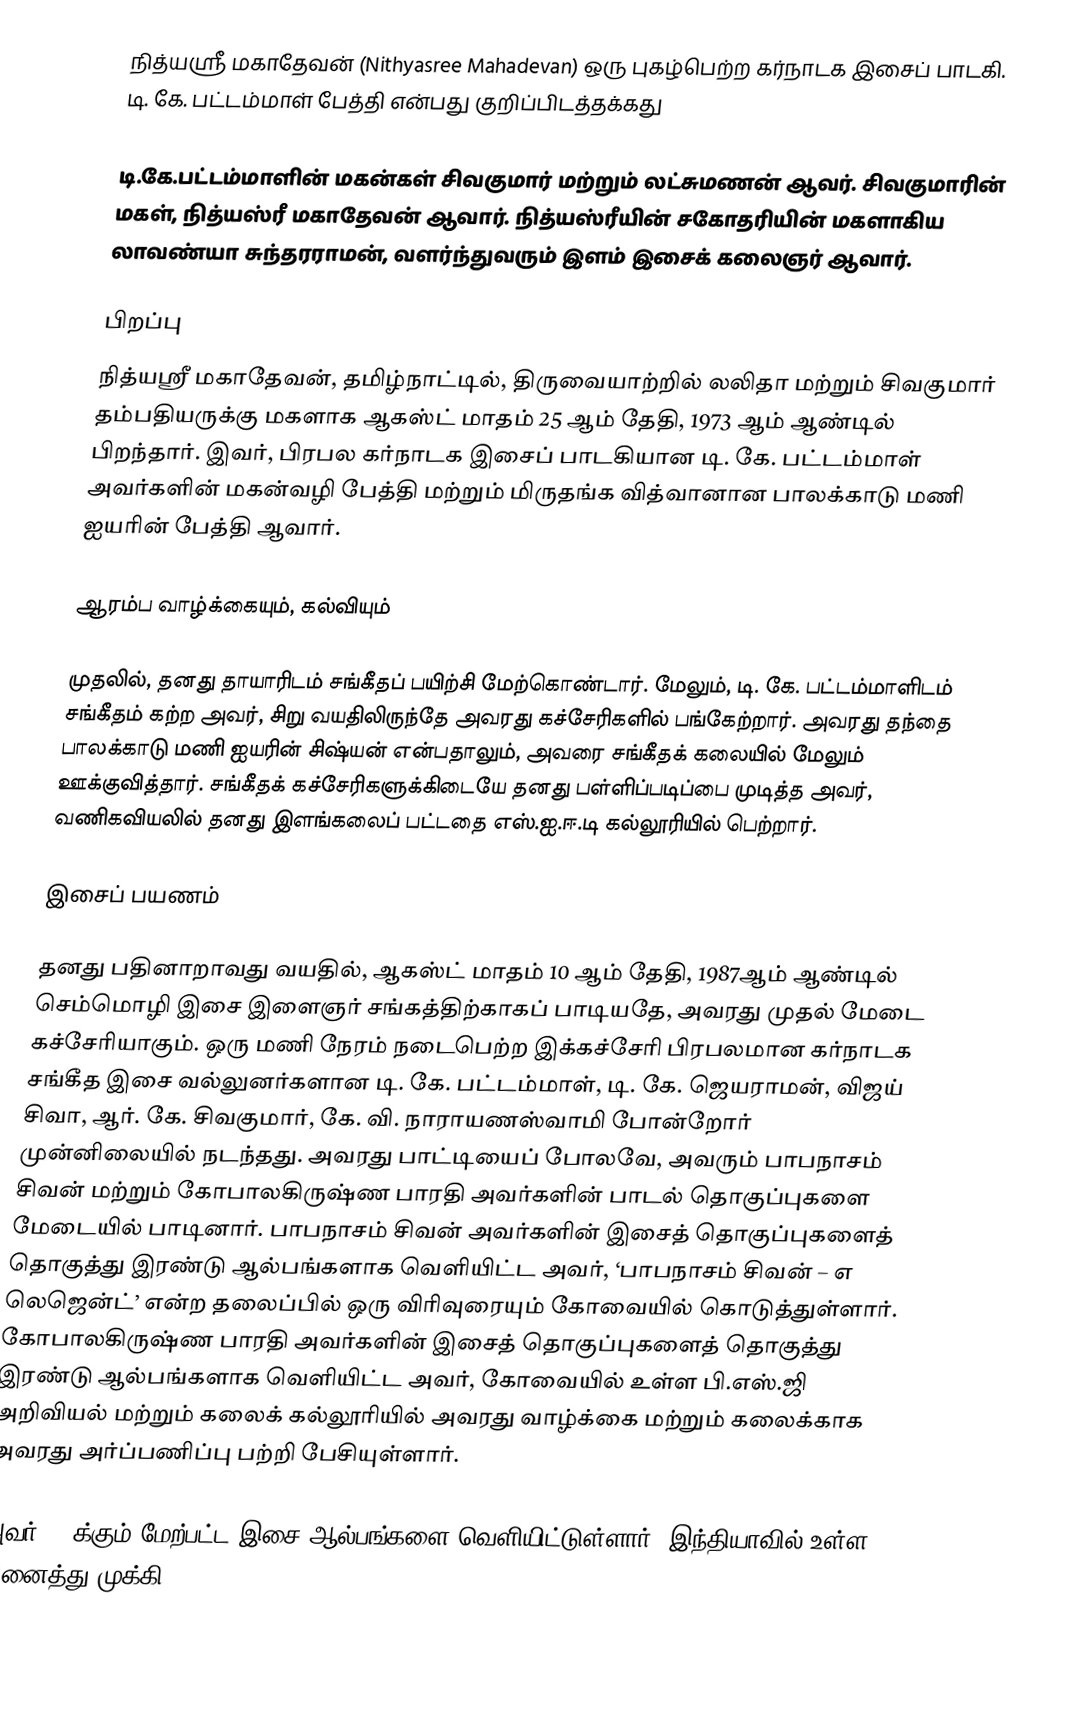
நித்யஸ்ரீ மகாதேவன் (Nithyasree Mahadevan) ஒரு புகழ்பெற்ற கர்நாடக இசைப் பாடகி. டி. கே. பட்டம்மாள் பேத்தி என்பது குறிப்பிடத்தக்கது

டி.கே.பட்டம்மாளின் மகன்கள் சிவகுமார் மற்றும் லட்சுமணன் ஆவர். சிவகுமாரின் மகள், நித்யஸ்ரீ மகாதேவன் ஆவார். நித்யஸ்ரீயின் சகோதரியின் மகளாகிய லாவண்யா சுந்தரராமன், வளர்ந்துவரும் இளம் இசைக் கலைஞர் ஆவார்.

பிறப்பு
நித்யஸ்ரீ மகாதேவன், தமிழ்நாட்டில், திருவையாற்றில் லலிதா மற்றும் சிவகுமார் தம்பதியருக்கு மகளாக ஆகஸ்ட் மாதம் 25 ஆம் தேதி, 1973 ஆம் ஆண்டில் பிறந்தார். இவர், பிரபல கர்நாடக இசைப் பாடகியான டி. கே. பட்டம்மாள் அவர்களின் மகன்வழி பேத்தி மற்றும் மிருதங்க வித்வானான பாலக்காடு மணி ஐயரின் பேத்தி ஆவார்.

ஆரம்ப வாழ்க்கையும், கல்வியும்

முதலில், தனது தாயாரிடம் சங்கீதப் பயிற்சி மேற்கொண்டார். மேலும், டி. கே. பட்டம்மாளிடம் சங்கீதம் கற்ற அவர், சிறு வயதிலிருந்தே அவரது கச்சேரிகளில் பங்கேற்றார். அவரது தந்தை பாலக்காடு மணி ஐயரின் சிஷ்யன் என்பதாலும், அவரை சங்கீதக் கலையில் மேலும் ஊக்குவித்தார். சங்கீதக் கச்சேரிகளுக்கிடையே தனது பள்ளிப்படிப்பை முடித்த அவர், வணிகவியலில் தனது இளங்கலைப் பட்டதை எஸ்.ஐ.ஈ.டி கல்லூரியில் பெற்றார்.

இசைப் பயணம்

தனது பதினாறாவது வயதில், ஆகஸ்ட் மாதம் 10 ஆம் தேதி, 1987ஆம் ஆண்டில் செம்மொழி இசை இளைஞர் சங்கத்திற்காகப் பாடியதே, அவரது முதல் மேடை கச்சேரியாகும். ஒரு மணி நேரம் நடைபெற்ற இக்கச்சேரி பிரபலமான கர்நாடக சங்கீத இசை வல்லுனர்களான டி. கே. பட்டம்மாள், டி. கே. ஜெயராமன், விஜய் சிவா, ஆர். கே. சிவகுமார், கே. வி. நாராயணஸ்வாமி போன்றோர் முன்னிலையில் நடந்தது. அவரது பாட்டியைப் போலவே, அவரும் பாபநாசம் சிவன் மற்றும் கோபாலகிருஷ்ண பாரதி அவர்களின் பாடல் தொகுப்புகளை மேடையில் பாடினார். பாபநாசம் சிவன் அவர்களின் இசைத் தொகுப்புகளைத் தொகுத்து இரண்டு ஆல்பங்களாக வெளியிட்ட அவர், ‘பாபநாசம் சிவன் – எ லெஜென்ட்’ என்ற தலைப்பில் ஒரு விரிவுரையும் கோவையில் கொடுத்துள்ளார். கோபாலகிருஷ்ண பாரதி அவர்களின் இசைத் தொகுப்புகளைத் தொகுத்து இரண்டு ஆல்பங்களாக வெளியிட்ட அவர், கோவையில் உள்ள பி.எஸ்.ஜி அறிவியல் மற்றும் கலைக் கல்லூரியில் அவரது வாழ்க்கை மற்றும் கலைக்காக அவரது அர்ப்பணிப்பு பற்றி பேசியுள்ளார்.

அவர் 100க்கும் மேற்பட்ட இசை ஆல்பங்களை வெளியிட்டுள்ளார். இந்தியாவில் உள்ள அனைத்து முக்கி